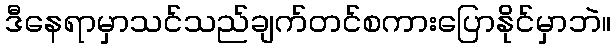
ဒီနေရာမှာသင်သည်ချက်တင်စကားပြောနိုင်မှာဘဲ။